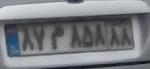
۸۷م۸۵۸۸۸